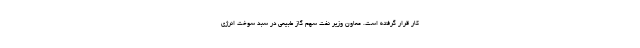
کار قرار گرفته است. معاون وزیر نفت سهم گاز طبیعی در سبد سوخت انرژی